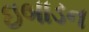
ઇબાડન